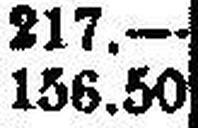
156.50